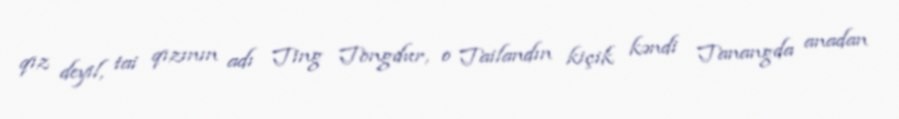
qız deyil, tai qızının adı Ting Tongdur, o Tailandın kiçik kəndi Tanangda anadan